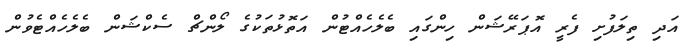
އަދި ތިލަފުށި ފެރީ އޮޕަރޭޝަން ހިންގައި ބެލެހެއްޓުން އަތޮޅުތަކުގެ ލޯންޗް ސެކްޝަން ބެލެހެއްޓެވުން